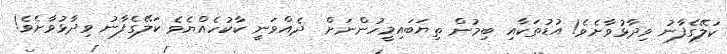
ކަލޭގެފާނު ވިދާޅުވާށެވެ! އުޑުތަކާއި ބިމުން ތިޔަބައިމީހުންނަށް  ދެއްވަނީ ކާކުހެއްޔެވެ ކަލޭގެފާނު ވިދާޅުވާށެވެ!